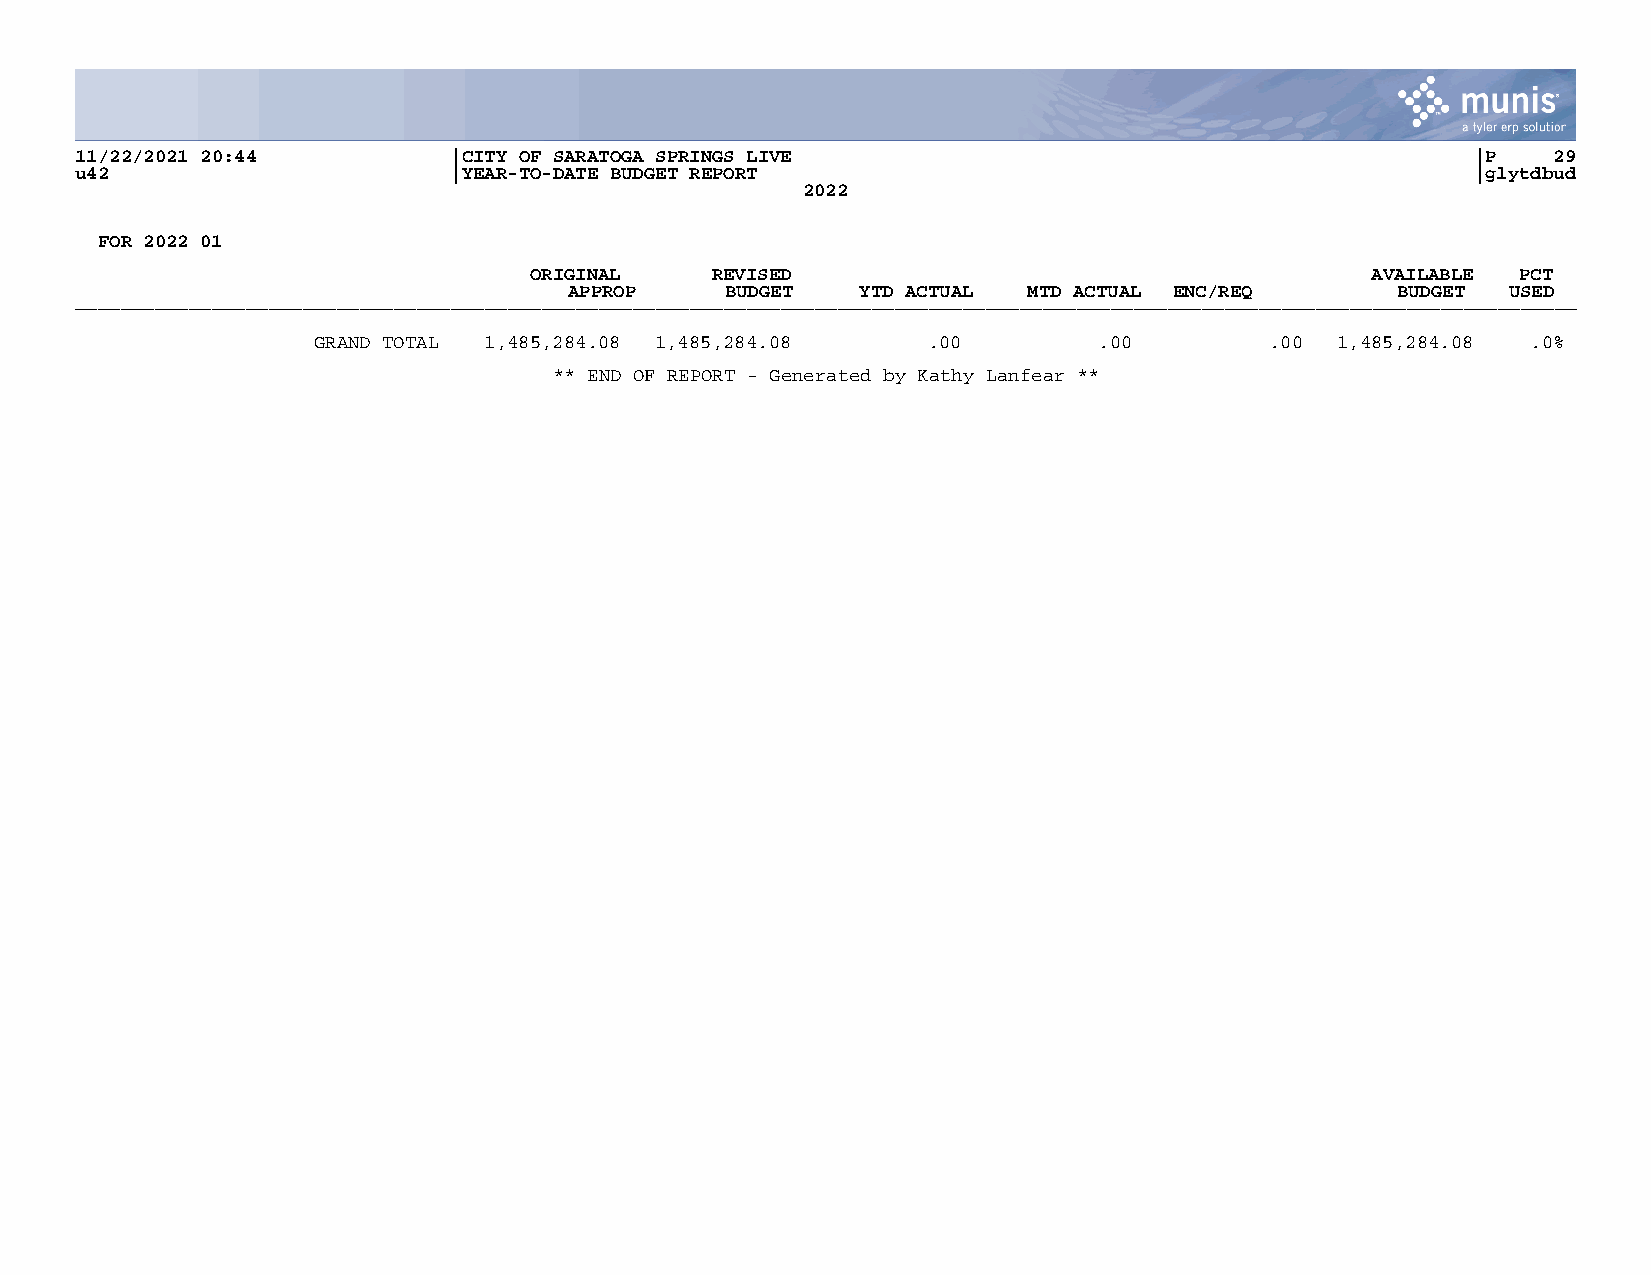
11/22/2021 20:44         |CITY OF SARATOGA SPRINGS LIVE                                     |P    29
 u42                      |YEAR-TO-DATE BUDGET REPORT                                        |glytdbud
 2022
 FOR 2022 01
 ORIGINAL    REVISED                                     AVAILABLE PCT
 APPROP    BUDGET   YTD ACTUAL MTD ACTUAL ENC/REQ      BUDGET  USED
 ____________________________________________________________________________________________________________________________________
 GRAND TOTAL 1,485,284.08 1,485,284.08   .00         .00        .00 1,485,284.08 .0%
 ** END OF REPORT - Generated by Kathy Lanfear **